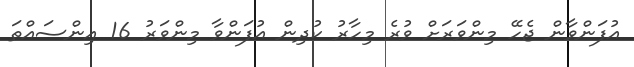
އުފަންވާން ޖެހޭ މިންވަރަށް ވުރެ މިހާރު ކުދިން އުފަންވާ މިންވަރު 16 އިންސައްތަ